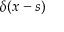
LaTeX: \delta ( x - s )